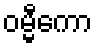
ဝမ္မီကော